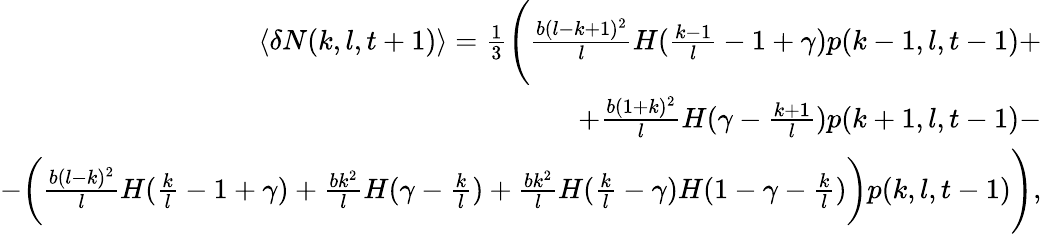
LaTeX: \begin{array}{r}{\langle\delta N(k,l,t+1)\rangle=\frac{1}{3}\Bigg(\frac{b(l-k+1)^{2}}{l}H(\frac{k-1}{l}-1+\gamma)p(k-1,l,t-1)+}\\ {+\frac{b(1+k)^{2}}{l}H(\gamma-\frac{k+1}{l})p(k+1,l,t-1)-}\\ {-\bigg(\frac{b(l-k)^{2}}{l}H(\frac{k}{l}-1+\gamma)+\frac{bk^{2}}{l}H(\gamma-\frac{k}{l})+\frac{bk^{2}}{l}H(\frac{k}{l}-\gamma)H(1-\gamma-\frac{k}{l})\bigg)p(k,l,t-1)\Bigg),}\end{array}